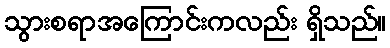
သွားစရာအကြောင်းကလည်း ရှိသည်။